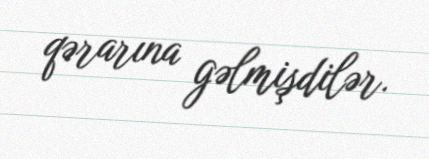
qərarına gəlmişdilər.